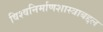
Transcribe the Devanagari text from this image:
विश्वनिर्माणशास्त्राबद्दल